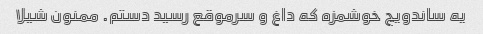
یه ساندویچ خوشمزه که داغ و سرموقع رسید دستم. ممنون شیلا